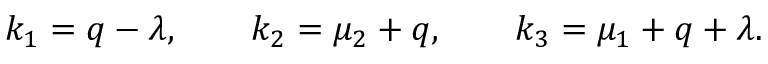
k _ { 1 } = q - \lambda , \qquad k _ { 2 } = \mu _ { 2 } + q , \qquad k _ { 3 } = \mu _ { 1 } + q + \lambda .